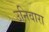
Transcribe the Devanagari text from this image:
उनिवारा